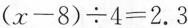
$$( x - 8 ) \div 4 = 2 . 3$$